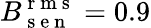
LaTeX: B_{\mathrm{~s~e~n~}}^{\mathrm{~r~m~s~}}=0.9